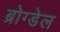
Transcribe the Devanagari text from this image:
ब्रोग्डेल